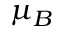
\mu _ { B }